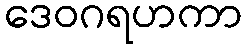
ဒေဝဂရဟကာ